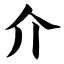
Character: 介